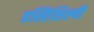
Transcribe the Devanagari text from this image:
हस्तिशिल्पी